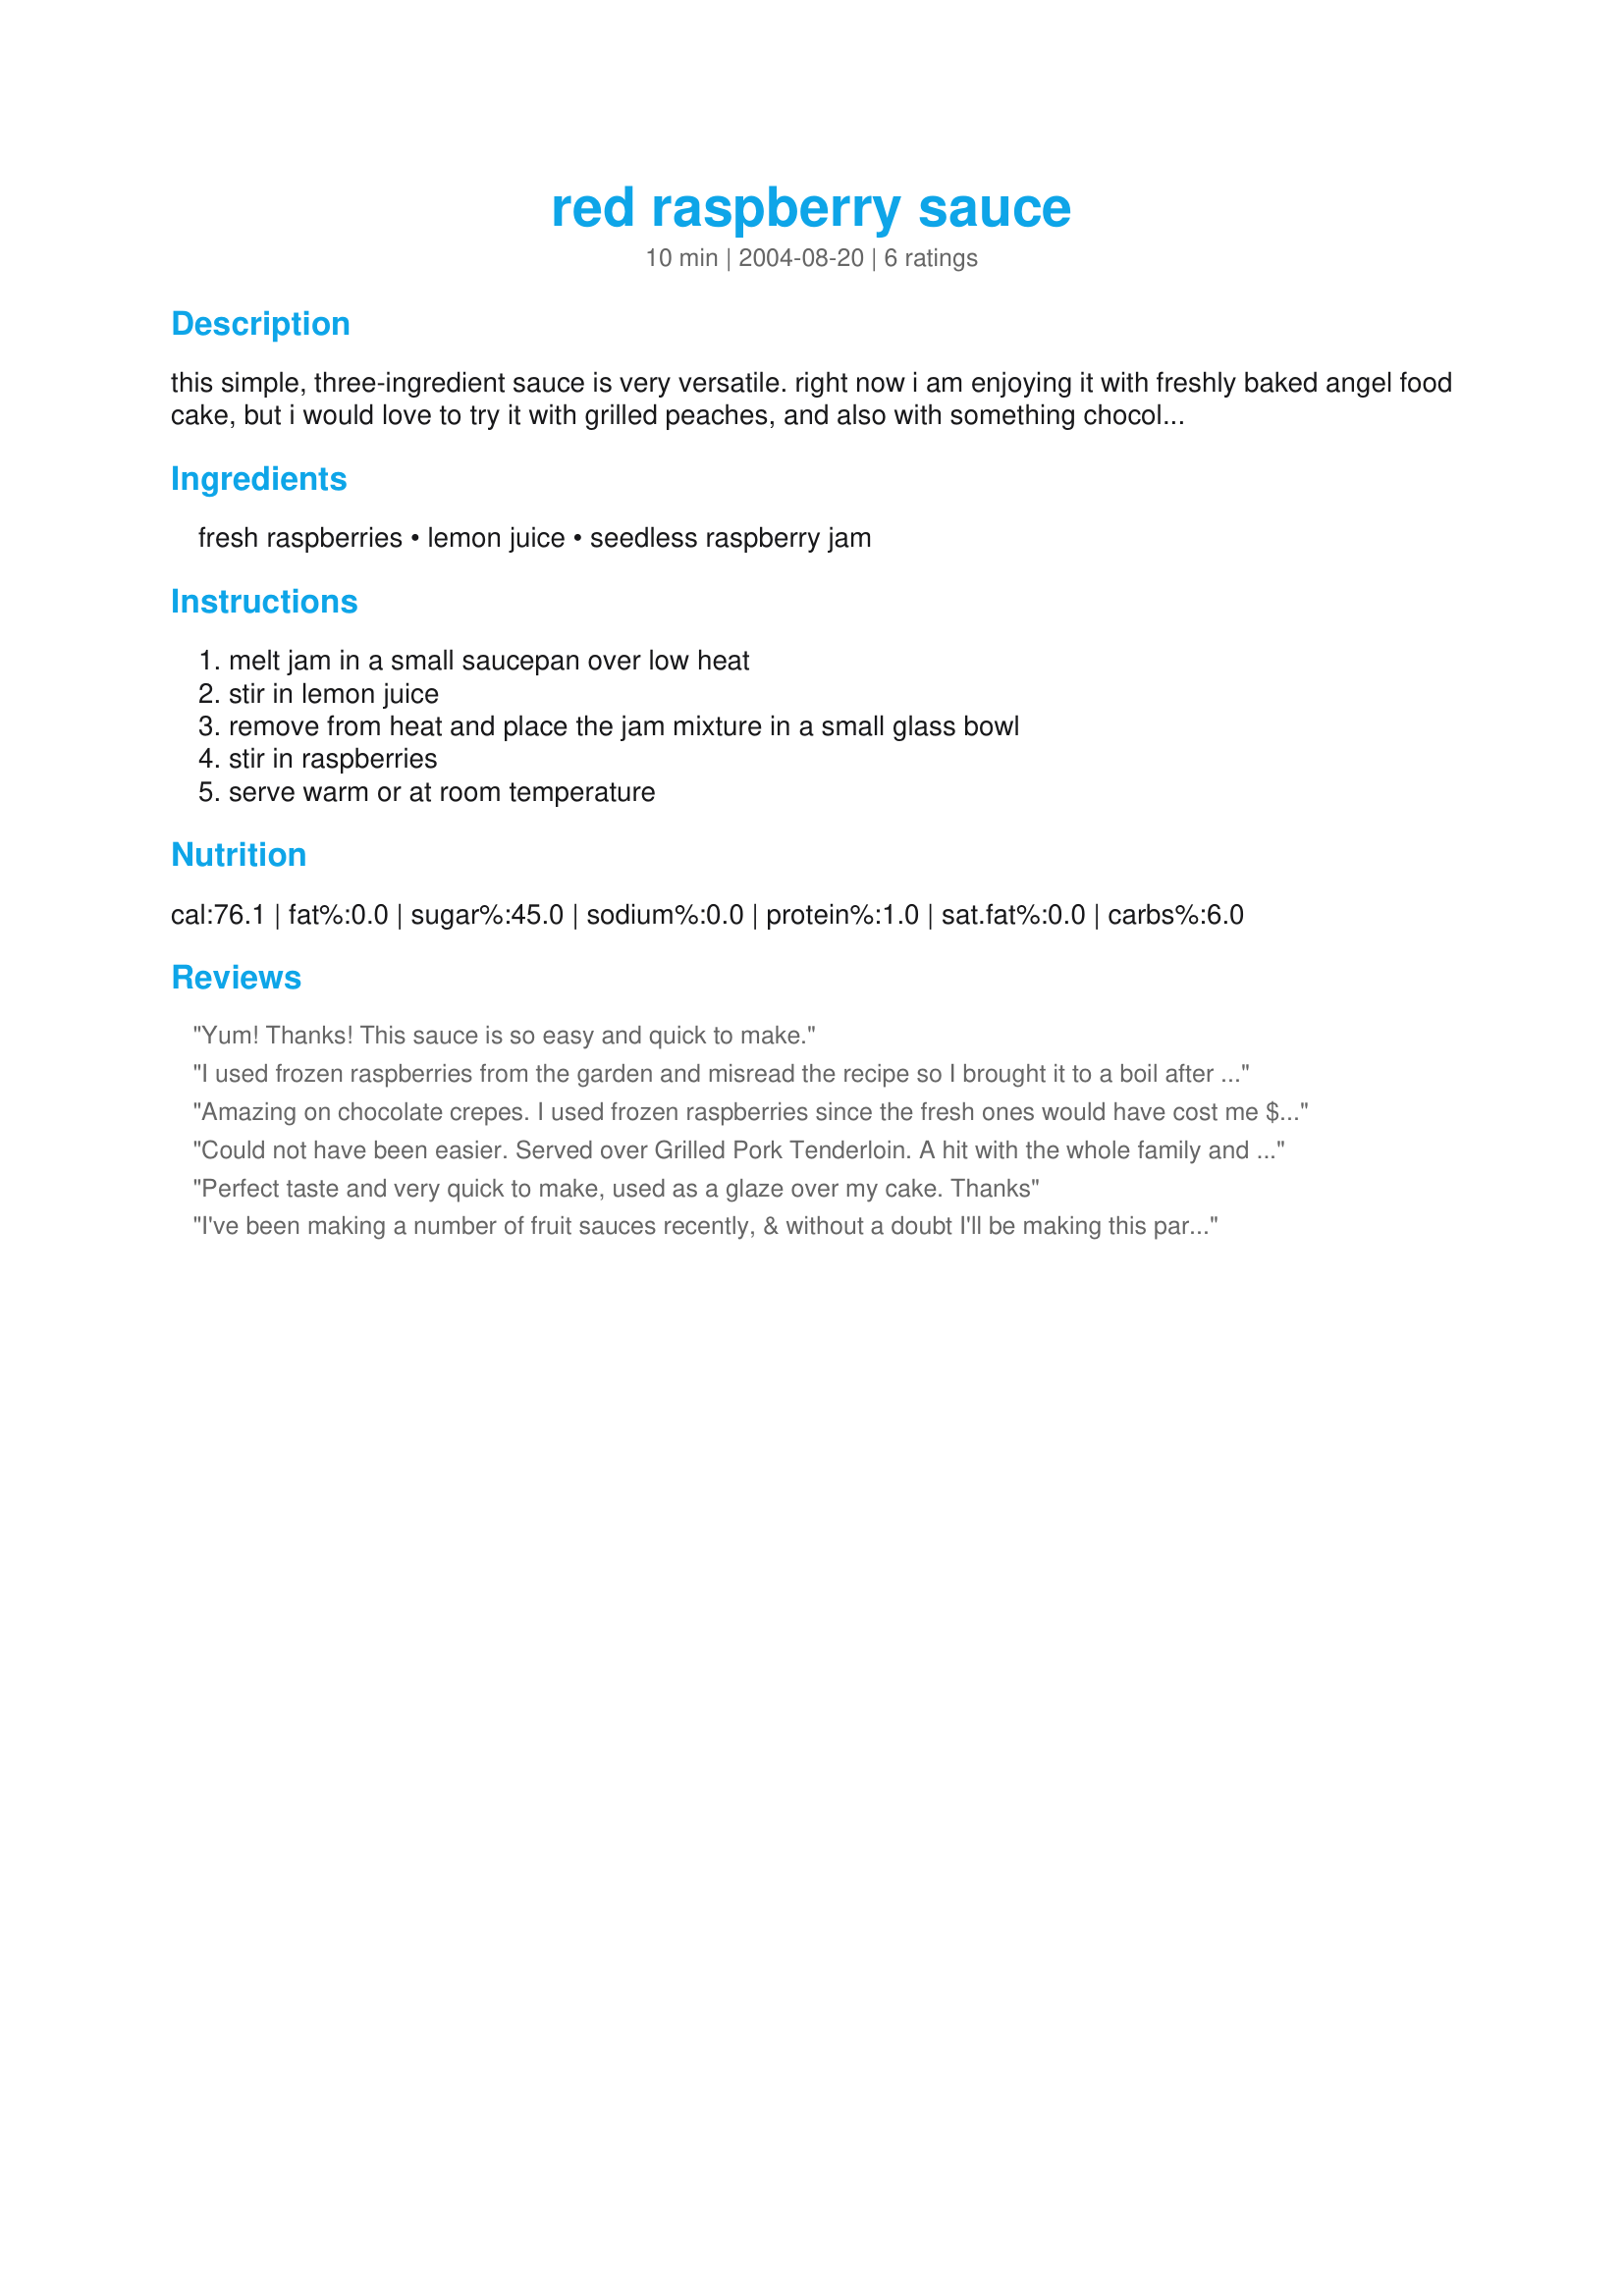
red raspberry sauce
Preparation time: 10 minutes

this simple, three-ingredient sauce is very versatile. right now i am enjoying it with freshly baked angel food cake, but i would love to try it with grilled peaches, and also with something chocolatey! i also think it would be nice with chicken or maybe a wheel of warm brie. it is a chunky sauce, with the texture determined by how much you crush the berries when you mix it. i more or less mashed mine, but i think leaving at least some of the berries whole would make a more elegant sauce. add in a bit of your favorite liqueor or extract to vary the possibilities even more (i tried it with some triple sec - very good!). this recipe originates from the complete cooking light cookbook, and it makes approximately 1 1/2 cups.

Ingredients:
fresh raspberries, lemon juice, seedless raspberry jam

Steps:
melt jam in a small saucepan over low heat, stir in lemon juice, remove from heat and place the jam mixture in a small glass bowl, stir in raspberries, serve warm or at room temperature

Reviews:
Yum! Thanks! This sauce is so easy and quick to make.
I used frozen raspberries from the garden and misread the recipe so I brought it to a boil after stirring them into the hot hot jam/lemon juice. Still wonderful! Thanks for posting.
Amazing on chocolate crepes. I used frozen raspberries since the fresh ones would have cost me $10 for 2 1/2 cups! Still, the sauce was delicious and everyone at my Mothers' Day brunch raved!
Could not have been easier. Served over Grilled Pork Tenderloin. A hit with the whole family and will make again. Thanks for sharing. Menu #9281
Perfect taste and very quick to make, used as a glaze over my cake. Thanks
I've been making a number of fruit sauces recently, & without a doubt I'll be making this particular one again & again ~ IT'S ABSOLUTELY WONDERFUL! Great on ice cream or with a vanilla yogurt or cottage cheese, & as a hot sauce on chicken breast, very very nice! Thanks for sharing the recipe! [Made & reviewed in Healthy Choices ABC tag]
